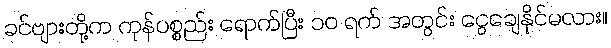
ခင်ဗျားတို့က ကုန်ပစ္စည်း ရောက်ပြီး ၁၀ ရက် အတွင်း ငွေချေနိုင်မလား။